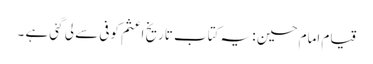
قیام امام حسین : یہ کتاب تاریخ اعثم کوفی سے لی گئی ہے ۔